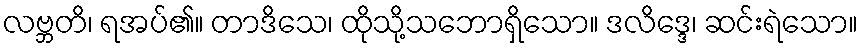
လဗ္ဘတိ၊ ရအပ်၏။ တာဒိသေ၊ ထိုသို့သဘောရှိသော။ ဒလိဒ္ဒေ၊ ဆင်းရဲသော။